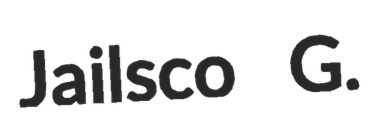
Jailsco G.